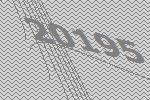
20195